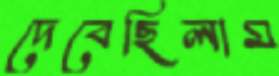
দেবেছিলাম